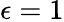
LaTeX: \epsilon=1